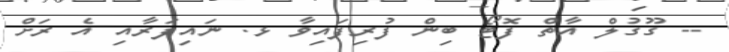
-- ގޫގުލް އާތް ފޮޓޯ ބިން ފުރިފައިވާ ޅ. ނައިފަރާއި އެ ރަށް